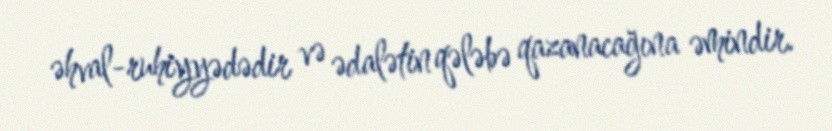
əhval-ruhiyyədədir və ədalətin qələbə qazanacağına əmindir.